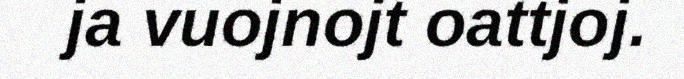
ja vuojnojt oattjoj.